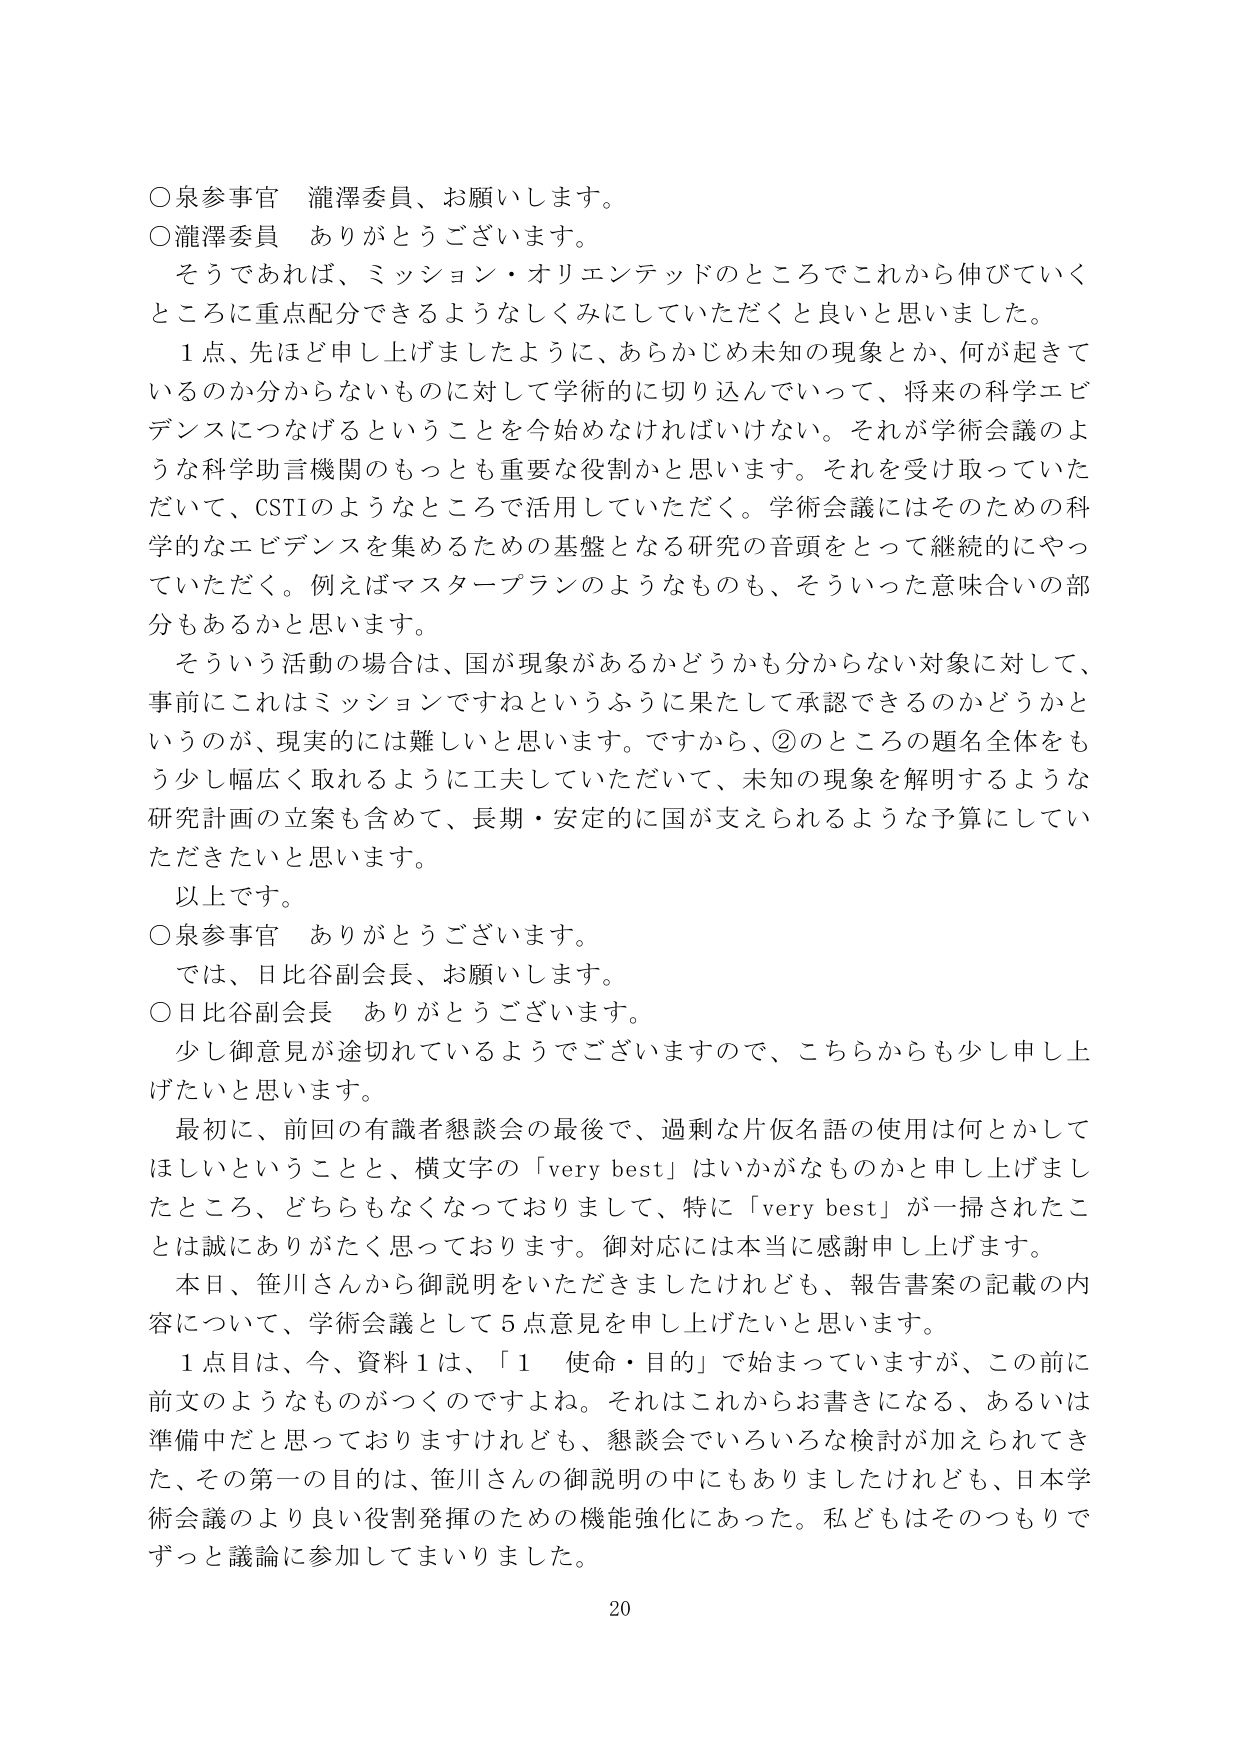
○泉参事官 瀧澤委員、お願いします。
○瀧澤委員 ありがとうございます。
　そうであれば、ミッション・オリエンテッドのところでこれから伸びていく
ところに重点配分できるようなしくみにしていただくと良いと思いました。
　１点、先ほど申し上げましたように、あらかじめ未知の現象とか、何が起きているのか分からないものに対して学術的に切り込んでいって、将来の科学エビデンスにつなげるということを今始めなければならない。それが学術会議のような科学助言機関のもっとも重要な役割かと思います。それを受け取っていただいて、CSTIのようなところで活用していただく。学術会議にはそのための科学的なエビデンスを集めるための基盤となる研究の音頭をとって継続的にやっていただく。例えばマスタープランのようなものも、そういった意味合いの部分もあるかと思います。
　そういう活動の場合は、国が現象があるかどうかかも分からない対象に対して、事前にこれはミッションですねというふうに果たして承認できるのかどうかというのが、現実的には難しいと思います。ですから、②のところの題名全体をもう少し幅広く取れるように工夫していただいて、未知の現象を解明するような研究計画の立案も含めて、長期・安定的に国が支えられるような予算にしていただきたいと思います。
　以上です。
○泉参事官 ありがとうございます。
　では、日比谷副会長、お願いします。
○日比谷副会長 ありがとうございます。
　少し御意見が途切れているようでございますので、こちらからも少し申し上げたいと思います。
　最初に、前回の有識者懇談会の最後で、過剰な片仮名語の使用は何とかしてほしいということと、横文字の「very best」はいかがなものかと申し上げましたところ、どちらもなくなっておりまして、特に「very best」が一掃されたことは誠にありがたく思っております。御対応には本当に感謝申し上げます。
　本日、笹川さんから御説明をいただきましたけれども、報告書案の記載の内容について、学術会議として５点意見を申し上げたいと思います。
　１点目は、今、資料１は、「１ 使命・目的」で始まっていますが、この前に前文のようなものがつくのですよね。それはこれからお書きになる、あるいは準備中だと思っておりますけれども、懇談会でいろいろな検討が加えられてきた、その第一の目的は、笹川さんの御説明の中にもありましたけれども、日本学術会議のより良い役割発揮のための機能強化にあった。私どもはそのつもりでずっと議論に参加してまいりました。
20